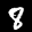
Label: 8